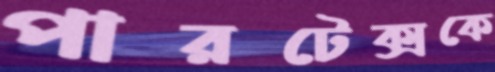
পারটেক্সকে